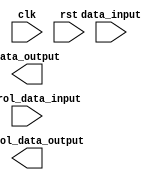
`timescale 1ns / 1ps
//////////////////////////////////////////////////////////////////////////////////
// Company: 
// Engineer: 
// 
// Design Name: 
// Module Name:    if_id_reg 
// Project Name: 
// Target Devices: 
// Tool versions: 
// Description: 
//
// Dependencies: 
//
// Revision: 
// Revision 0.01 - File Created
// Additional Comments: 
//
//////////////////////////////////////////////////////////////////////////////////
module if_id_reg(
    input clk,
    input rst,
    input data_input,
    input control_data_input,
    output data_output,
    output control_data_output
    );


endmodule